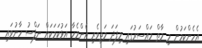
އެހެންކަމުން މި މާތް މައްސަރުގައި މިފަދަ މަތިވެރި އެންމެހާ އަޅުކަމަކަށް ނަފްސު ހާނުވައި